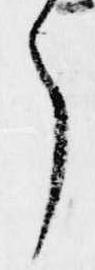
了